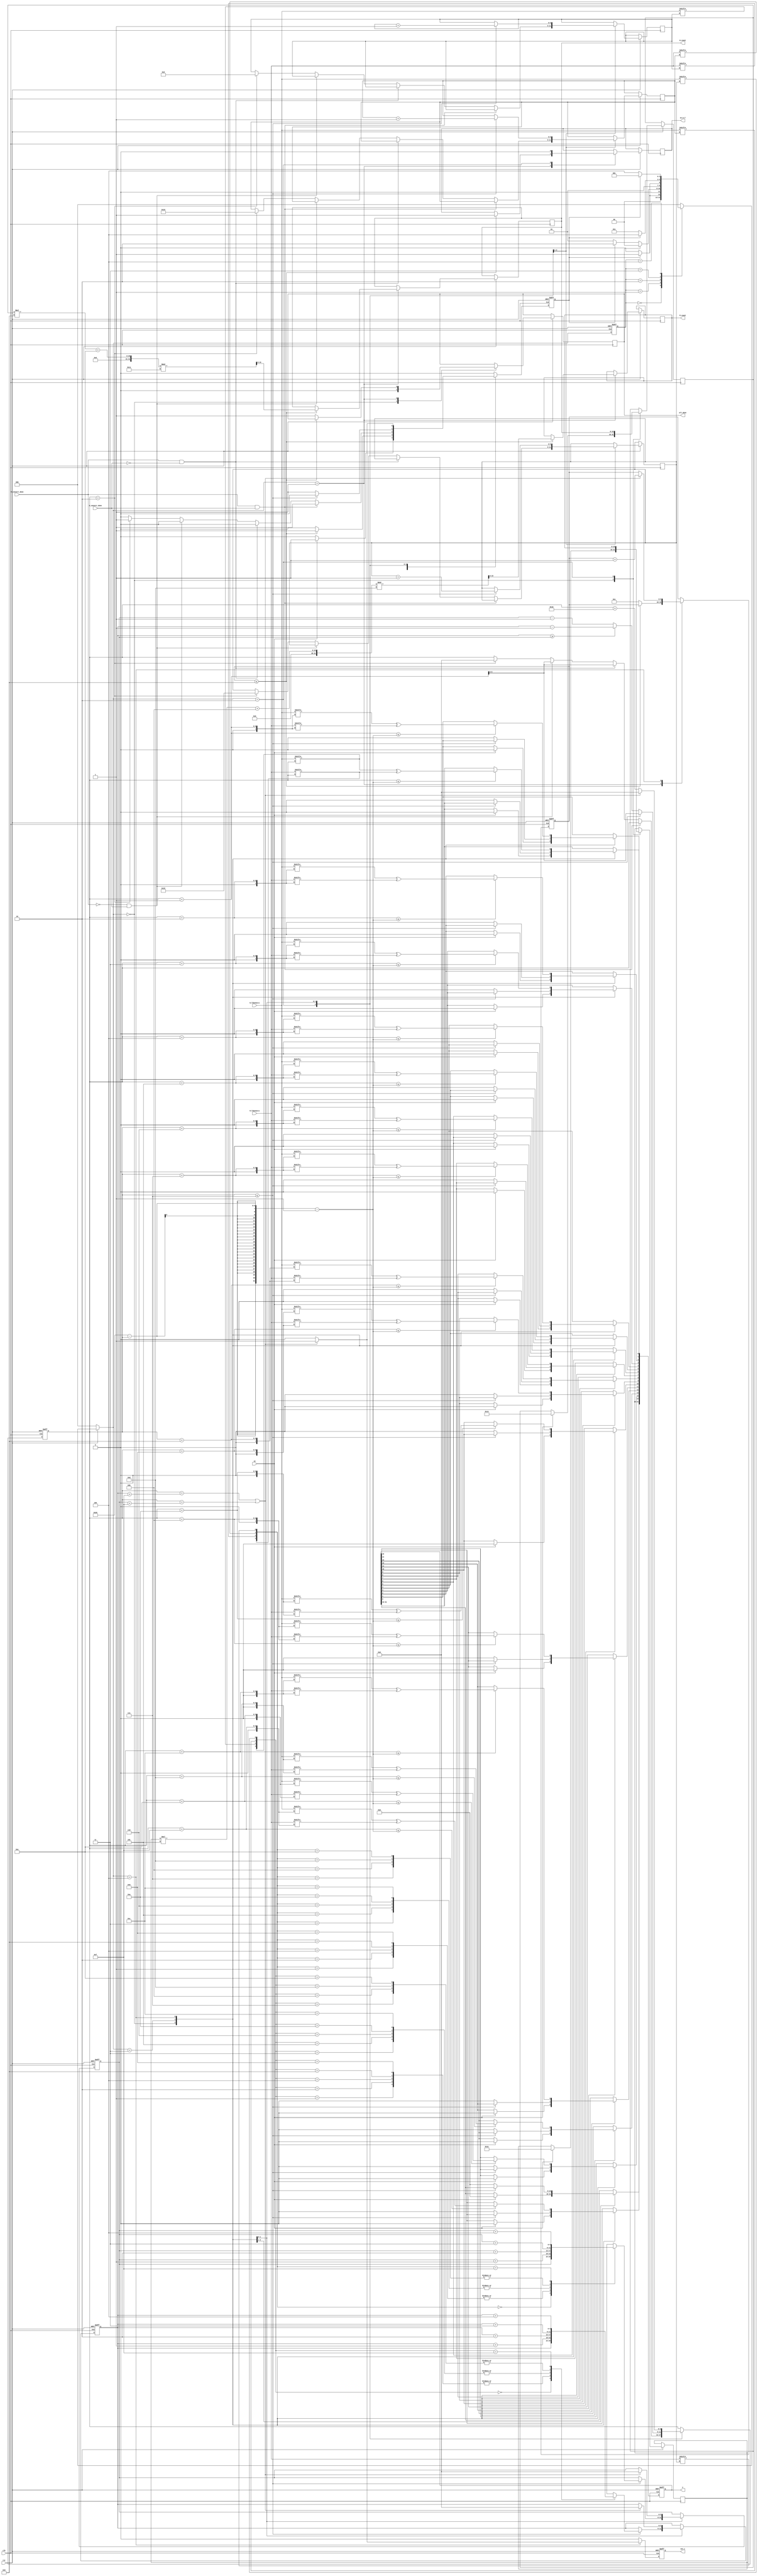
module stream_encryption(clk,en,rst,N_count,M_count,en_b_f,N_convert_done,	M_convert_done,N_fibonacci,M_fibonacci,all_done,C,out_c);
   input clk;
	input rst;
	input en;
	output reg all_done;
	input [31:0] N_fibonacci;
	input [31:0] M_fibonacci;
	input M_convert_done;
	input N_convert_done;
   output reg [15:0] N_count;
	output reg [15:0] M_count;
	output reg en_b_f;
	output reg [31:0] C;
	output reg out_c;
	
	
//****************	
	parameter k1_a = 8;
	parameter k1_c = 14;
	parameter k1_u = 17;
	
	parameter k2_a = 5;
	parameter k2_c = 11;
	parameter k2_u = 13;
	
	parameter N0=20;
	parameter M0=30;
	parameter L=32;
	parameter H=8;   //8   
//***************************
   reg done;
	reg [9:0] count;
	reg [15:0] N_count_1;
	reg [15:0] M_count_1;
	reg [5:0] m_N;
	reg [5:0] m_M;
	reg [5:0] cnt;
	reg [5:0] U;
	reg [9:0] t;
	
	reg [5:0] cnt_1;
	reg [5:0] cnt_2;
	reg [5:0] cnt_3;
  
   reg [2:0] current_state;
   reg [2:0] next_state;
	
	parameter IDLE=3'b000;
	parameter BEGIN=3'b001;          //N,M
	parameter WAIT=3'b010;           //FIBONACCI
	parameter calculate_m =3'b011;   // 
	parameter YI_HUO=3'b100;         //BEGIN
   
   always @(posedge clk or negedge rst )begin
           if(!rst)
			    current_state<=IDLE;
			  else
			    current_state<=next_state;
		 end  
	always @(*) begin
	        if(!rst)
			     next_state = IDLE;
			  else begin
			    case(current_state)
				    IDLE: begin
					         if(done==1)
								   next_state = BEGIN;
								else 
								   next_state = IDLE;
							 end 
					 BEGIN:begin 
					         if(all_done==1)
								   next_state = IDLE;
					         else if(done==1)
								   next_state = WAIT ;
							   else
								   next_state =BEGIN;
							 end 
					 WAIT: begin
					           if(done==1)
								    next_state = calculate_m;
								  else 
								    next_state = WAIT;
							 end
					 calculate_m : begin
					                 if(done==1)
					                  next_state = YI_HUO;
										  else 
										   next_state = calculate_m;
										end 
					  YI_HUO: begin 
					             if(done==1)
									    next_state = BEGIN;
									 else 
									    next_state = YI_HUO;
					          end 
					default: next_state =IDLE;
				 endcase 
		 end 
	end 	 
	
	always @(posedge clk or negedge rst) 
	
	      if(!rst)
			  begin
			   done<=0;
				count<=1;
				m_N<=0;
				m_M<=0;
				C<=0;
				cnt<=0;
				out_c<=0;
			  end 
			else begin
			    out_c<=0;  //C
			    done<=0;
				 case(next_state)
				    IDLE: begin
					          all_done<=0;
					          if(en==1)
								   begin 
								    N_count_1<=N0;
									 M_count_1<=M0;
									 C<=0;
								    done<=1;
									end 
								 else
								    done<=0;
							 end 
					  BEGIN: begin
					            if(count<=H)
			                      begin
					                   N_count<= (N_count_1* k1_a+k1_c)%k1_u;
	                               M_count<= (M_count_1* k2_a+k2_c)%k2_u;	
		                            done<=1;
		                            en_b_f<=1;									 
                               end 
						         else begin 
								     count<=1;	
				                 all_done<=1;	
							      end 		  
								end 
						WAIT: begin
						          N_count_1<=N_count;
									 M_count_1 <= M_count;
						          en_b_f<=0;
									 if((M_convert_done==1)&&(N_convert_done==1))
									    done<=1;
									 else if((M_convert_done==1)&&(N_convert_done==0))
									    cnt<=cnt+1;
									 else if((M_convert_done==0)&&(N_convert_done==1))
									    cnt<=cnt+1;
									 else if(cnt==2)
									   begin 
									    done<=1;
										 cnt<=0;
										 cnt_1<=8;
										 cnt_2<=16;
										 cnt_3<=24;
										end  
				            end 
						calculate_m:begin             // cnt_1cnt,cnt_2,cnt_3   ,  fibonacci32
						               if(cnt<=7)
											  begin
											    cnt_3<=cnt_3+1;
												 cnt_2<=cnt_2+1;
												 cnt_1<=cnt_1+1;
												 cnt<=cnt+1;
											    case({N_fibonacci[cnt],N_fibonacci[cnt_1],N_fibonacci[cnt_2],N_fibonacci[cnt_3]})
												   4'b0000: m_N<=m_N;
												   4'b0001: m_N<=m_N+1;
												   4'b0010: m_N<=m_N+1;
												   4'b0011: m_N<=m_N+2;
												   4'b0100: m_N<=m_N+1;
												   4'b0101: m_N<=m_N+2;
												   4'b0110: m_N<=m_N+2;
												   4'b0111: m_N<=m_N+3;
												   4'b1000: m_N<=m_N+1;
												   4'b1001: m_N<=m_N+1;
												   4'b1010: m_N<=m_N+2;
												   4'b1011: m_N<=m_N+3;
												   4'b1100: m_N<=m_N+2;
												   4'b1101: m_N<=m_N+3;
												   4'b1110: m_N<=m_N+3;
												   4'b1111: m_N<=m_N+4;	
												 endcase 
												
												case({M_fibonacci[cnt],M_fibonacci[cnt_1],M_fibonacci[cnt_2],M_fibonacci[cnt_3]})
												   4'b0000: m_M<=m_M;
												   4'b0001: m_M<=m_M+1;
												   4'b0010: m_M<=m_M+1;
												   4'b0011: m_M<=m_M+2;
												   4'b0100: m_M<=m_M+1;
												   4'b0101: m_M<=m_M+2;
												   4'b0110: m_M<=m_M+2;
												   4'b0111: m_M<=m_M+3;
												   4'b1000: m_M<=m_M+1;
												   4'b1001: m_M<=m_M+1;
												   4'b1010: m_M<=m_M+2;
												   4'b1011: m_M<=m_M+3;
												   4'b1100: m_M<=m_M+2;
												   4'b1101: m_M<=m_M+3;
												   4'b1110: m_M<=m_M+3;
												   4'b1111: m_M<=m_M+4;	
												 endcase 
											  end
											 else
											   begin
										       C<=0;		
											    done<=1;
												 if(m_N>=m_M)
												   cnt<=m_N-1;
												 else 
												   cnt<=m_M-1;
											   end  
								      end 
						 YI_HUO: begin                                //2
						              cnt<=cnt+16;
			                       if(cnt<=L-cnt-1)
											   C[0]=N_fibonacci[cnt]^M_fibonacci[cnt]; 
											 
											if((cnt+1)<=L-cnt-1)
											   C[1]=N_fibonacci[cnt+1]^M_fibonacci[cnt+1];
											 
											if((cnt+2)<=L-cnt-1)
											   C[2]=N_fibonacci[cnt+2]^M_fibonacci[cnt+2];
											
											if((cnt+3)<=L-cnt-1)
											   C[3]=N_fibonacci[cnt+3]^M_fibonacci[cnt+3];
											 
											if((cnt+4)<=L-cnt-1)
											   C[4]=N_fibonacci[cnt+4]^M_fibonacci[cnt+4]; 
											  
											 if((cnt+5)<=L-cnt-1)
											   C[5]=N_fibonacci[cnt+5]^M_fibonacci[cnt+5];
											 
											if((cnt+6)<=L-cnt-1)
											   C[6]=N_fibonacci[cnt+6]^M_fibonacci[cnt+6];
								
											if((cnt+7)<=L-cnt-1)
											   C[7]=N_fibonacci[cnt+7]^M_fibonacci[cnt+7];
											  
											if((cnt+8)<=L-cnt-1)
											   C[8]=N_fibonacci[cnt+8]^M_fibonacci[cnt+8];
											 
											if((cnt+9)<=L-cnt-1)
											   C[9]=N_fibonacci[cnt+9]^M_fibonacci[cnt+9];
											  
											  if((cnt+10)<=L-cnt-1)
											   C[10]=N_fibonacci[cnt+10]^M_fibonacci[cnt+10];
											 
											if((cnt+11)<=L-cnt-1)
											   C[11]=N_fibonacci[cnt+11]^M_fibonacci[cnt+11];
											  
											  if((cnt+12)<=L-cnt-1)
											   C[12]=N_fibonacci[cnt+12]^M_fibonacci[cnt+12];
											 
											if((cnt+13)<=L-cnt-1)
											   C[13]=N_fibonacci[cnt+13]^M_fibonacci[cnt+13]; 
											  
											 if((cnt+14)<=L-cnt-1)
											   C[14]=N_fibonacci[cnt+14]^M_fibonacci[cnt+14];
											 
											if((cnt+15)<=L-cnt-1)
											   C[15]=N_fibonacci[cnt+15]^M_fibonacci[cnt+15]; 
											  
											if((cnt==m_N+15)||(cnt==m_M+15))begin 
										    count<=count+1; 
										    cnt<=0;
										    done<=1;
											 out_c<=1;
											 m_N<=0;
											 m_M<=0;
											end 
					            end 				
						
				 endcase 
			end 
endmodule